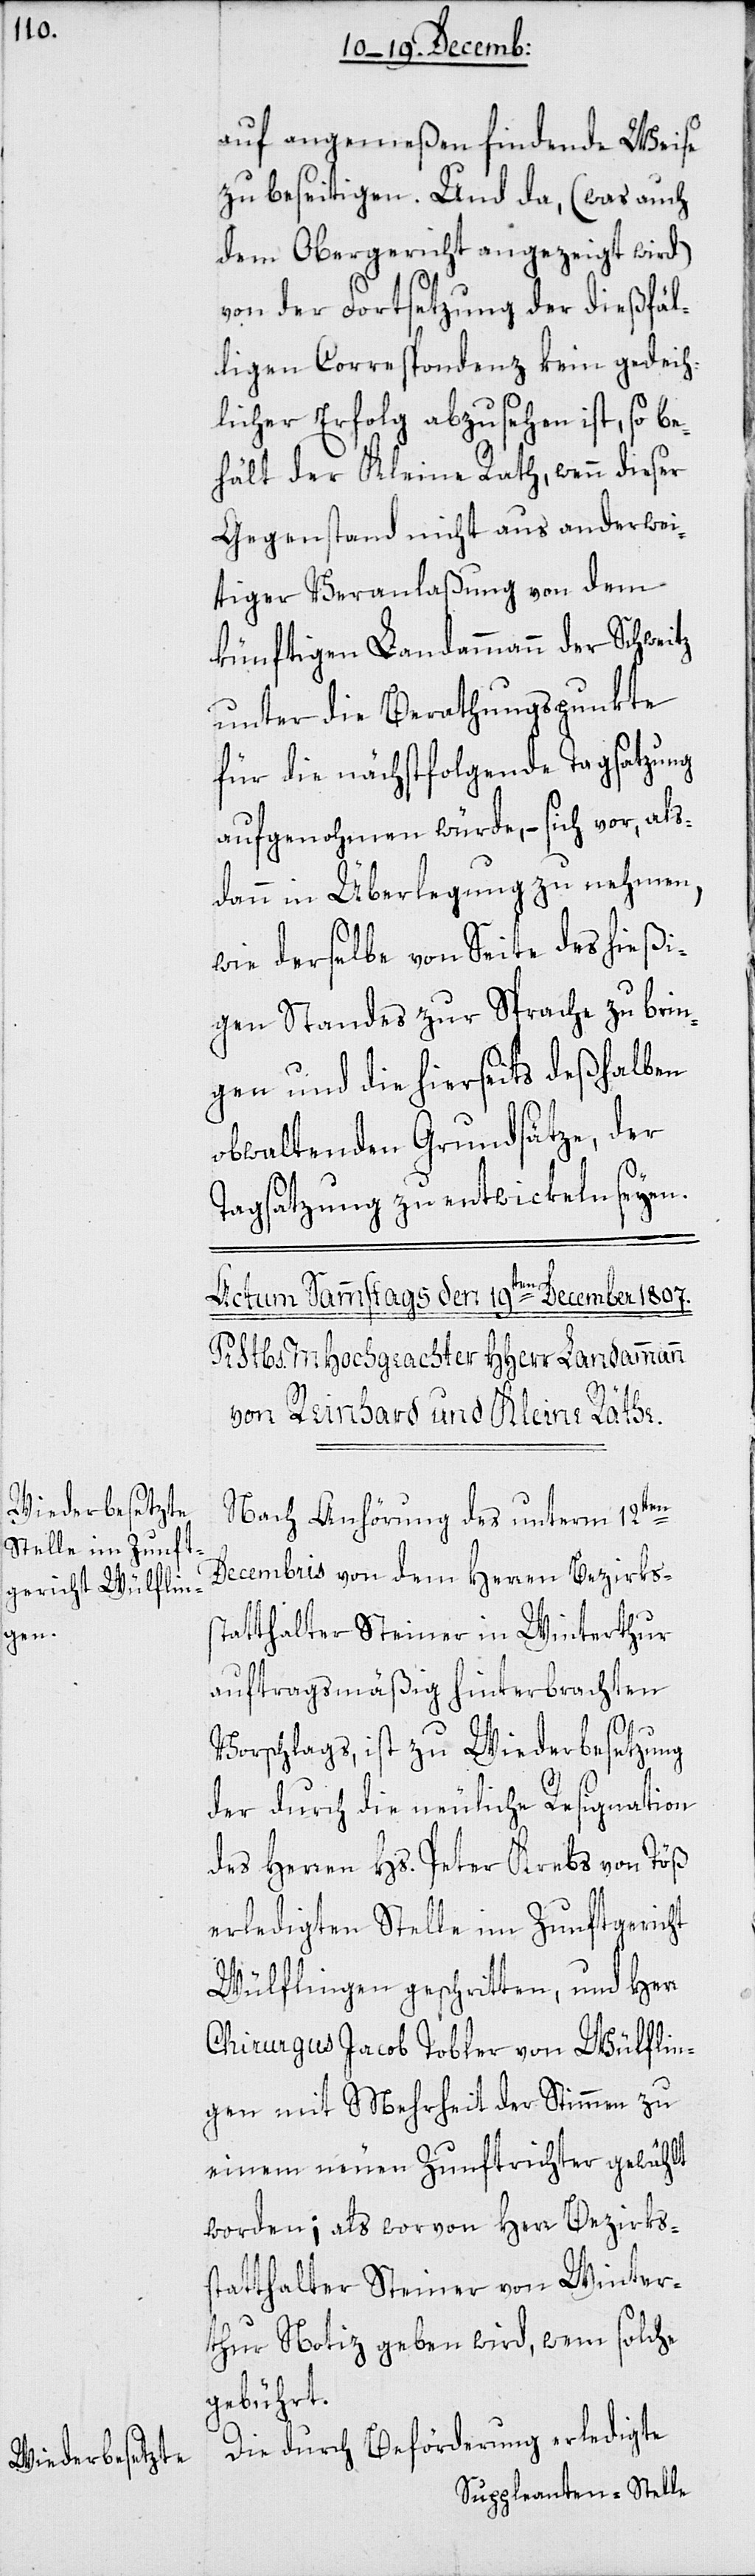
auf angemeßen findende Weise
zu beseitigen. Und da, (was auch
dem Obergericht angezeigt wird)
von der Fortsetzung der dießfäl¬
ligen Correspondenz kein gedeih¬
licher Erfolg abzusehen ist, so be¬
hält der Kleine Rath, wenn dieser
Gegenstand nicht aus anderwei¬
tiger Veranlaßung von dem
künftigen Landammann der Schweitz
unter die Berathungspunkte
für die nächstfolgende Tagsatzung
aufgenohmen würde, – sich vor, als¬
dann in Überlegung zu nehmen,
wie derselbe von Seite des hießi¬
gen Standes zur Sprache zu brin¬
gen und die hierseits deßhalben
obwaltenden Grundsätze, der
Tagsatzung zu entwickeln seyen.
Nach Anhörung des unterm 12ten
Decembris von dem Herren Bezirkss¬
tatthalter Steiner in Winterthur
auftragsmäßig hinterbrachten
Vorschlags, ist zu Wiederbesetzung
der durch die neuliche Resignation
des Herren Hs. Peter Krebs von Töß
erledigten Stelle im Zunftgericht
Wülflingen geschritten, und Herr
Chirurgus Jacob Tobler von Wülflin¬
gen mit Mehrheit der Stimmen zu
einem neuen Zunftrichter gewählt
worden; als worvon Herr Bezirks¬
statthalter Steiner von Winter¬
thur Notiz geben wird, wem solche
gebührt.
Die durch Beförderung erledigte